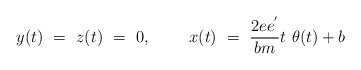
\begin{align*}y(t)~=~z(t)~=~0,~~~~~~~x(t)~=~{2ee^{'} \over bm} t~\theta (t) + b\end{align*}